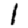
Digit: 1